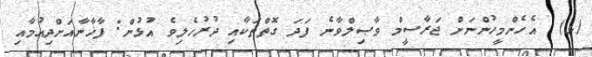
(ޅ)  އެހެންމީހުންނަށް ޖަރާސީމް ވާޞިލްވާނެ ފަދަ ގޮތްތަކާއި ދުރުހެލިވެ އުޅުން: ފާޚާނާއަށްދިއުމާއި